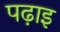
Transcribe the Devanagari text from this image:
पढ़ाइ